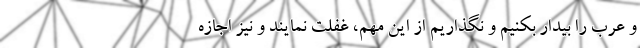
و عرب را بیدار بکنیم و نگذاریم از این مهم، غفلت نمایند و نیز اجازه